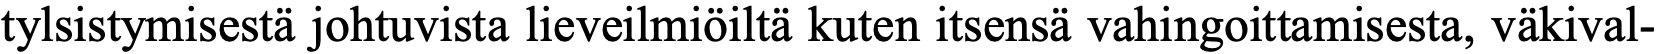
tylsistymisestä johtuvista lieveilmiöiltä kuten itsensä vahingoittamisesta, väkival-